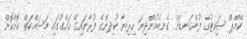
ކޭމްޕް ސައިޓުގެ ފުންގަނޑަށް ގެނބެމުންދިޔަ ހިރިޔާ ކުދިންގެ ފުރާނައިގެ ހައްގުގައި މަސައްކަތް ކޮށްކޮށް